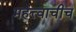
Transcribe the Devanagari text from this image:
महत्त्वाचीच